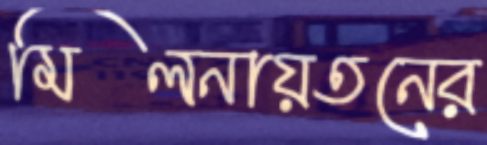
মিলনায়তনের